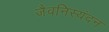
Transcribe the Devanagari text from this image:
जैवनिस्यंदन